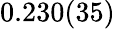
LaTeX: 0.230(35)